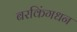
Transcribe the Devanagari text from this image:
बरकिंगधन